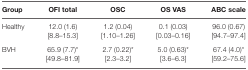
| Group | OFI total | OSC | OS VAS | ABC scale |
 | --- | --- | --- | --- | --- |
 | Healthy | 12.0 (1.6) | 1.2 (0.04) | 0.1 (0.03) | 96.0 (0.67) |
 |  | [8.8–15.3] | [1.10–1.26] | [0.03–0.16] | [94.7–97.4] |
 | BVH | 65.9 (7.7)* | 2.7 (0.22)* | 5.0 (0.63)* | 67.4 (4.0)* |
 |  | [49.8–81.9] | [2.3–3.2] | [3.6–6.3] | [59.2–75.6] |